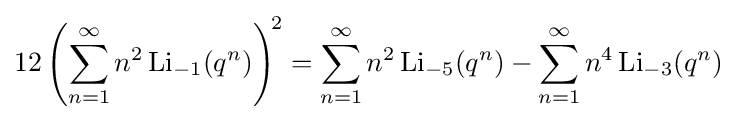
12\left(\sum _{n=1}^{\infty }n^{2}\,\mathrm {Li} _{-1}(q^{n})\right)^{\!2}=\sum _{n=1}^{\infty }n^{2}\,\mathrm {Li} _{-5}(q^{n})-\sum _{n=1}^{\infty }n^{4}\,\mathrm {Li} _{-3}(q^{n})